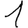
Digit: 1